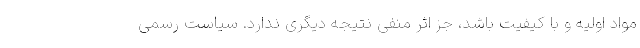
مواد اولیه و با كیفیت باشد، جز اثر منفی نتیجه دیگری ندارد. سیاست رسمی